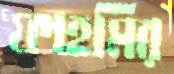
ফাহমির